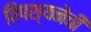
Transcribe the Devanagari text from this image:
विपश्यनेची